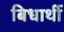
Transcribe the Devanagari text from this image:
बिधार्थी